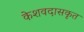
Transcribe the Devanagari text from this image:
केशवदासकृत